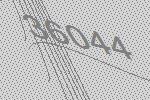
36044